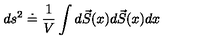
d s ^ { 2 } \doteq \frac { 1 } { V } \int d \vec { S } ( x ) d \vec { S } ( x ) d x